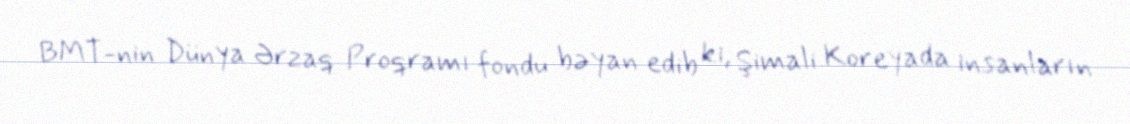
BMT-nin Dünya Ərzaq Proqramı fondu bəyan edib ki, Şimali Koreyada insanların